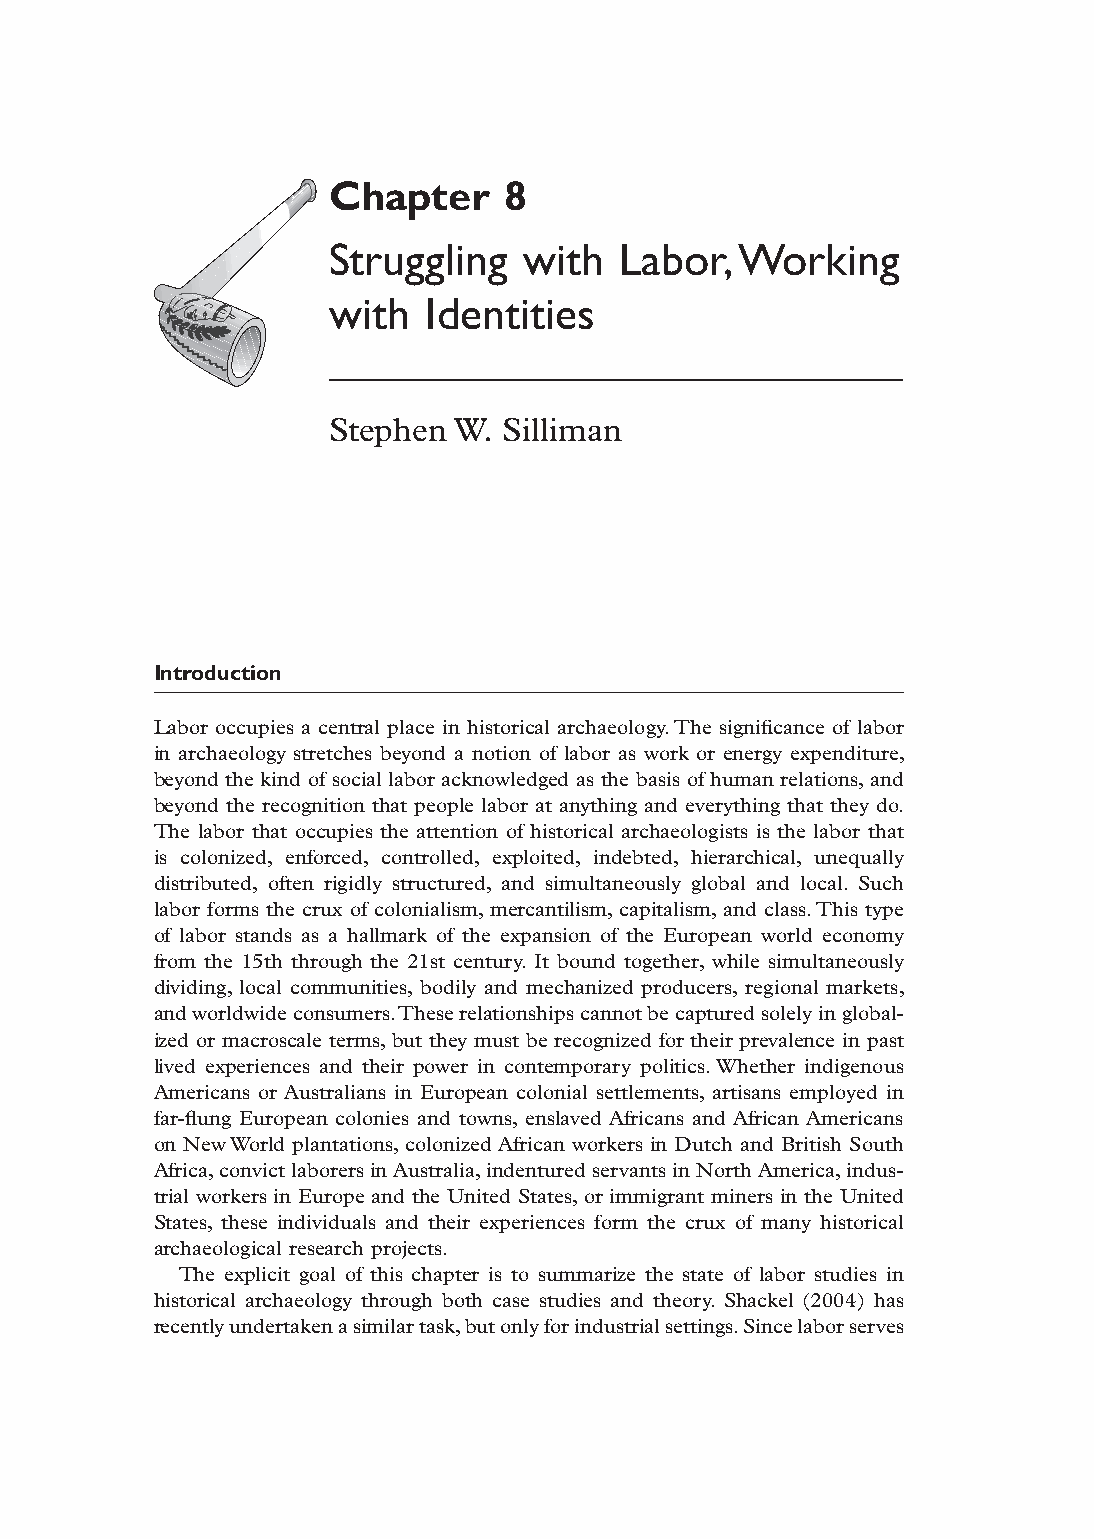
Chapter     8
 Struggling   with  Labor,  Working
 with  Identities
 Stephen W. Silliman
 Introduction
 Labor occupies a central place in historical archaeology. The significance of labor
 in archaeology stretches beyond a notion of labor as work or energy expenditure,
 beyond the kind of social labor acknowledged as the basis of human relations, and
 beyond the recognition that people labor at anything and everything that they do.
 The labor that occupies the attention of historical archaeologists is the labor that
 is colonized, enforced, controlled, exploited, indebted, hierarchical, unequally
 distributed, often rigidly structured, and simultaneously global and local. Such
 labor forms the crux of colonialism, mercantilism, capitalism, and class. This type
 of labor stands as a hallmark of the expansion of the European world economy
 from the 15th through the 21st century. It bound together, while simultaneously
 dividing, local communities, bodily and mechanized producers, regional markets,
 and worldwide consumers. These relationships cannot be captured solely in global-
 ized or macroscale terms, but they must be recognized for their prevalence in past
 lived experiences and their power in contemporary politics. Whether indigenous
 Americans or Australians in European colonial settlements, artisans employed in
 far-flung European colonies and towns, enslaved Africans and African Americans
 on New World plantations, colonized African workers in Dutch and British South
 Africa, convict laborers in Australia, indentured servants in North America, indus-
 trial workers in Europe and the United States, or immigrant miners in the United
 States, these individuals and their experiences form the crux of many historical
 archaeological research projects.
 The explicit goal of this chapter is to summarize the state of labor studies in
 historical archaeology through both case studies and theory. Shackel (2004) has
 recently undertaken a similar task, but only for industrial settings. Since labor serves